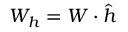
W _ { h } = \boldsymbol { W } \cdot \boldsymbol { \hat { h } }